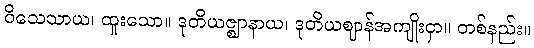
ဝိသေသာယ၊ ထူးသော။ ဒုတိယဇ္ဈာနာယ၊ ဒုတိယဈာန်အကျိုးငှာ။ တစ်နည်း။